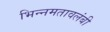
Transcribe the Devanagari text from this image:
भिन्नमतावलंबी